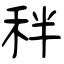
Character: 秚